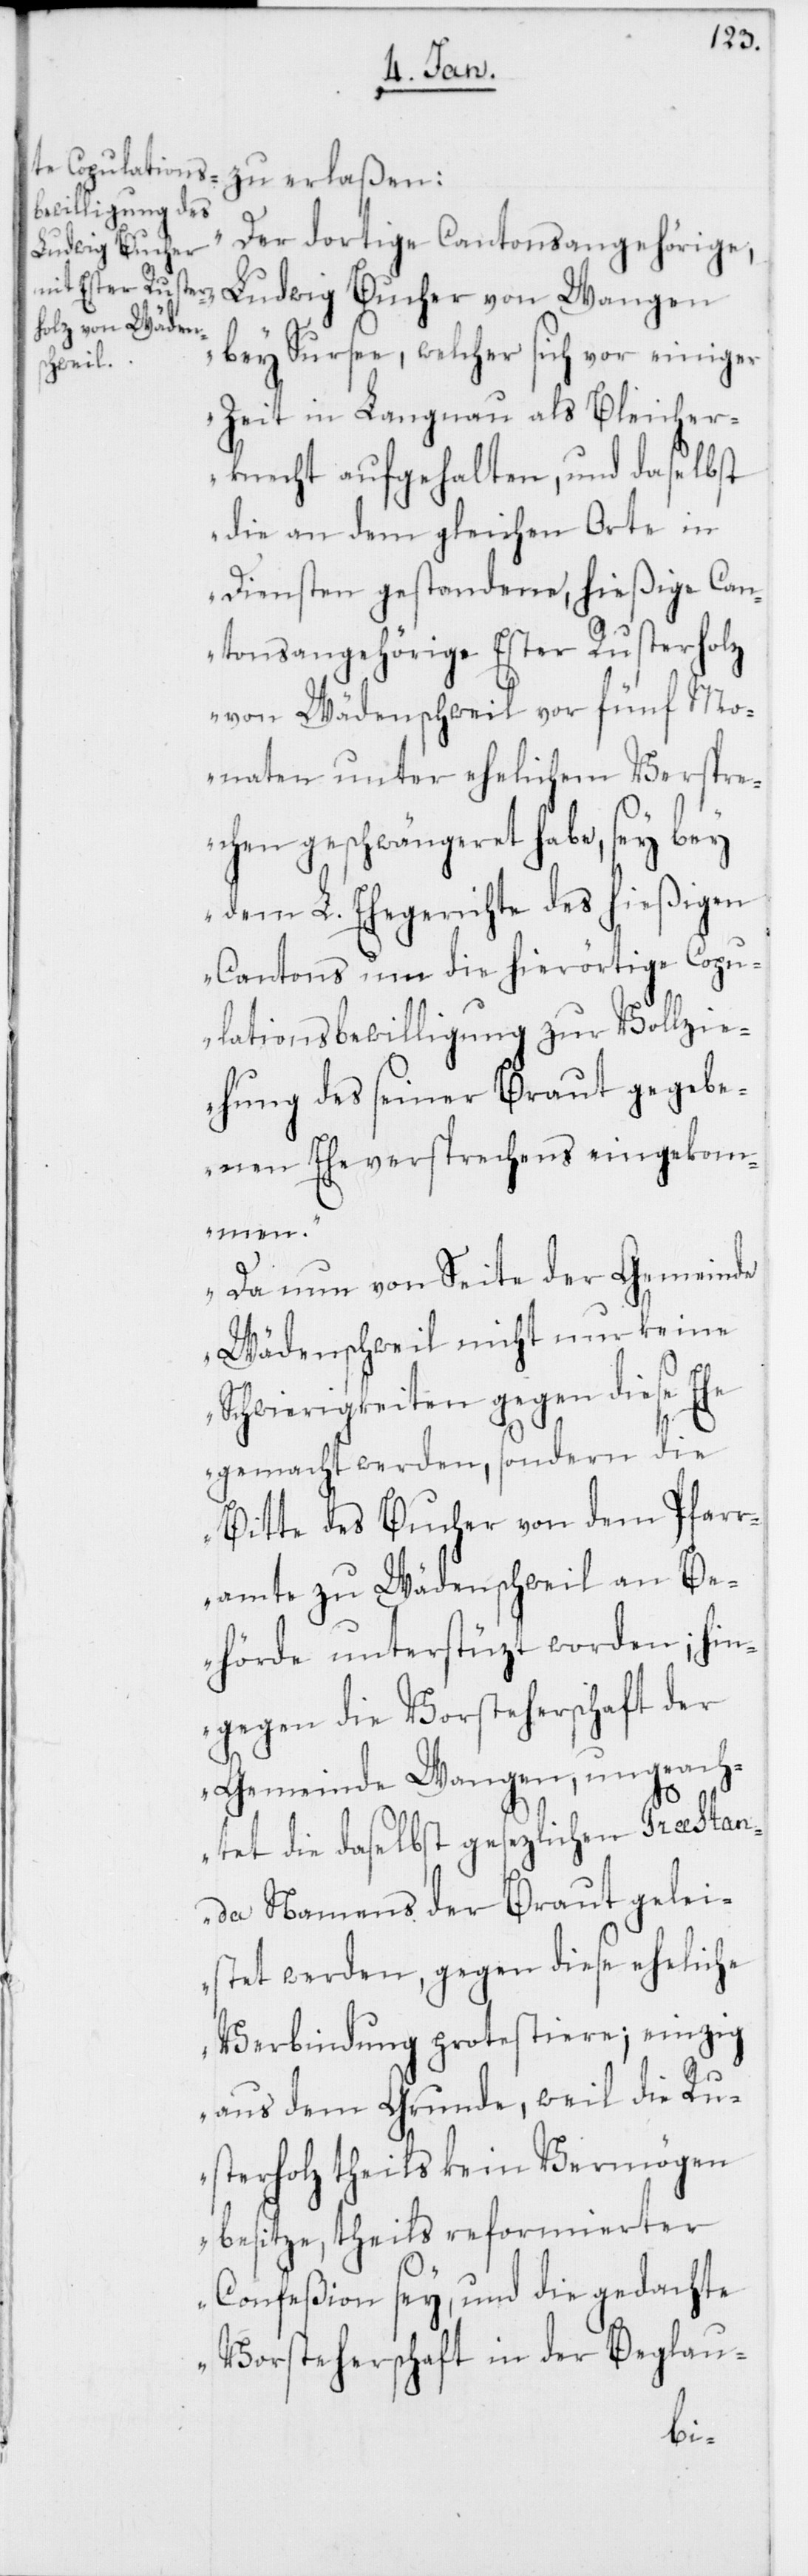
„Der dortige Cantonsangehörige,
Ludwig Bucher
bey Sursee, welcher sich vor einiger
Zeit in Langnau als Bleicher¬
knecht aufgehalten, und daselbst
die an dem gleichen Orte in
Diensten gestandene, hießige Can¬
tonsangehörige Ester Rusterholz
von Wädenschweil vor fünf Mo¬
naten unter ehelichem Verspre¬
chen geschwängeret habe, sey bey
dem L. Ehegerichte des hießigen
Cantons um die hierörtige Copu¬
lationsbewilligung zur Vollzie¬
hung des seiner Braut gegebe¬
nen Eheversprechens eingekom¬
men.
Da nun von Seite der Gemeinde
Wädenschweil nicht nur keine
Schwierigkeiten gegen diese Ehe
gemacht werden, sondern die
Bitte des Bucher von dem Pfar¬
ramte zu Wädenschweil an Be¬
hörde unterstüzt worden; hin¬
gegen die Vorsteherschaft der
Gemeinde Wangen, ungeach¬
tet die daselbst gesezlichen Praestan¬
da Namens der Braut gelei¬
stet werden, gegen diese eheliche
Verbindung protestiere; einzig
aus dem Grunde, weil die Ru¬
sterholz theils kein Vermögen
besitze, theils reformierter
Confeßion sey, und die gedachte
Vorsteherschaft in der Beglau-